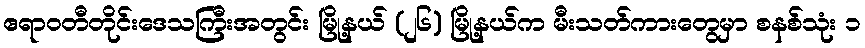
ဧရာဝတီတိုင်းဒေသကြီးအတွင်း မြို့နယ် (၂၆) မြို့နယ်က မီးသတ်ကားတွေမှာ စနစ်သုံး ၁